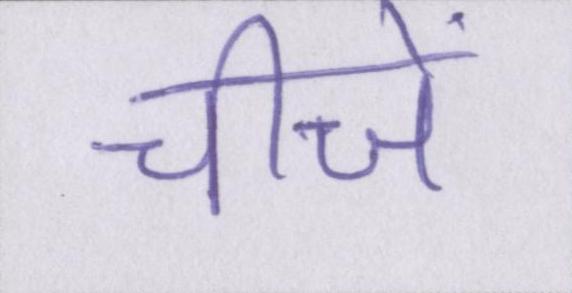
चीजें